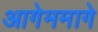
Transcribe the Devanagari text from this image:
आगेममागे